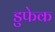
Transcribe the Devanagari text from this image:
डुफेक